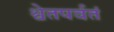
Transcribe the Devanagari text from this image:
श्वेतपर्वतं